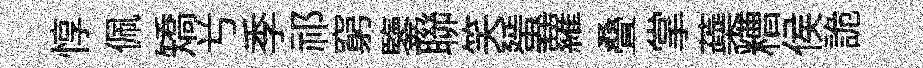
惇佩矯𠔃季祁窮鑒聯笑蜑蘿叠掌蘃糟侯詭